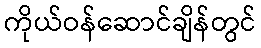
ကိုယ်ဝန်ဆောင်ချိန်တွင်